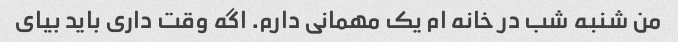
من شنبه شب در خانه ام یک مهمانی دارم. اگه وقت داری باید بیای